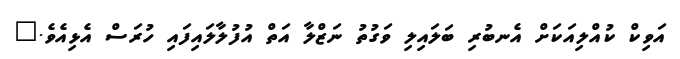
އަވިކް ކުއްލިއަކަށް އެނބުރި ބަލައިލި ވަގުތު ނަޒްލާ އަތް އުފުލާލައިފައި ހުރަސް އެޅިއެވެ."